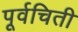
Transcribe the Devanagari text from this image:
पूर्वचिती